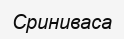
Сриниваса